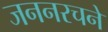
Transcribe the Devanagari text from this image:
जननरचने